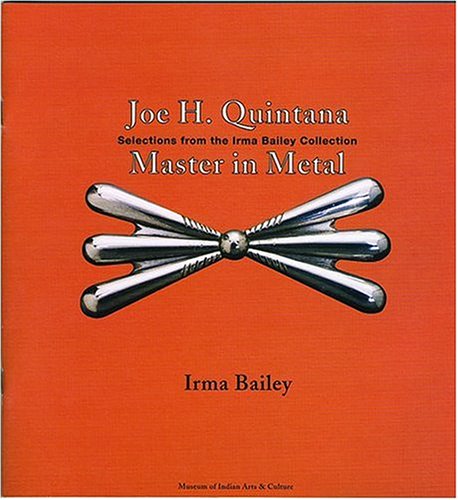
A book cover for Joe H. Quintana: Master in Metal; Irma Bailey; Crafts, Hobbies & Home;